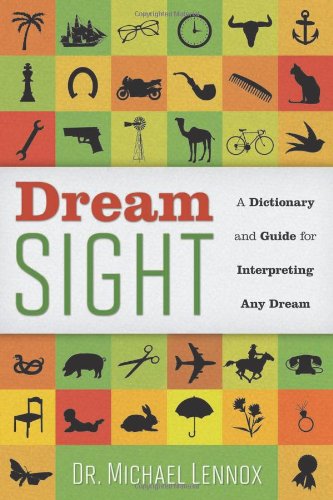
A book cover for Dream Sight: A Dictionary and Guide for Interpreting Any Dream; Dr Michael Lennox; Self-Help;